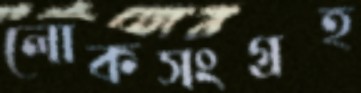
লোকসংগ্রহ